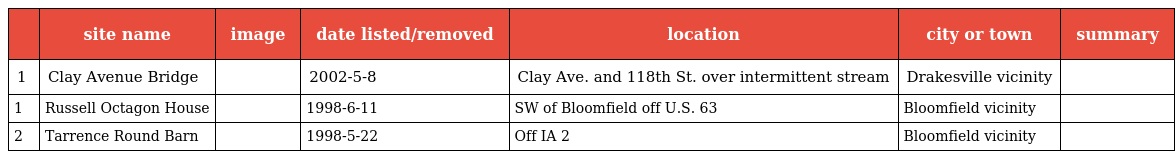
|  | site name | image | date listed/removed | location | city or town | summary |
 | --- | --- | --- | --- | --- | --- | --- |
 | 1 | Clay Avenue Bridge |  | 2002-5-8 | Clay Ave. and 118th St. over intermittent stream | Drakesville vicinity |  |
 | 1 | Russell Octagon House |  | 1998-6-11 | SW of Bloomfield off U.S. 63 | Bloomfield vicinity |  |
 | 2 | Tarrence Round Barn |  | 1998-5-22 | Off IA 2 | Bloomfield vicinity |  |